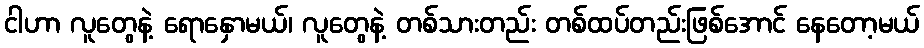
ငါဟာ လူတွေနဲ့ ရောနှောမယ်၊ လူတွေနဲ့ တစ်သားတည်း တစ်ထပ်တည်းဖြစ်အောင် နေတော့မယ်